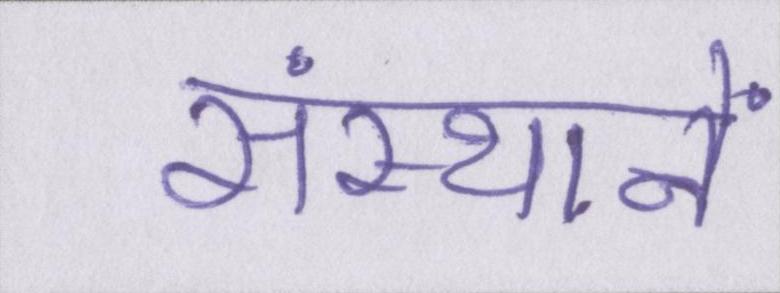
संस्थानें